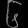
Digit: ၆